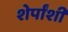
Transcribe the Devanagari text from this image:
शेर्पांशी